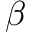
\beta